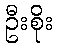
ဦးစိုး